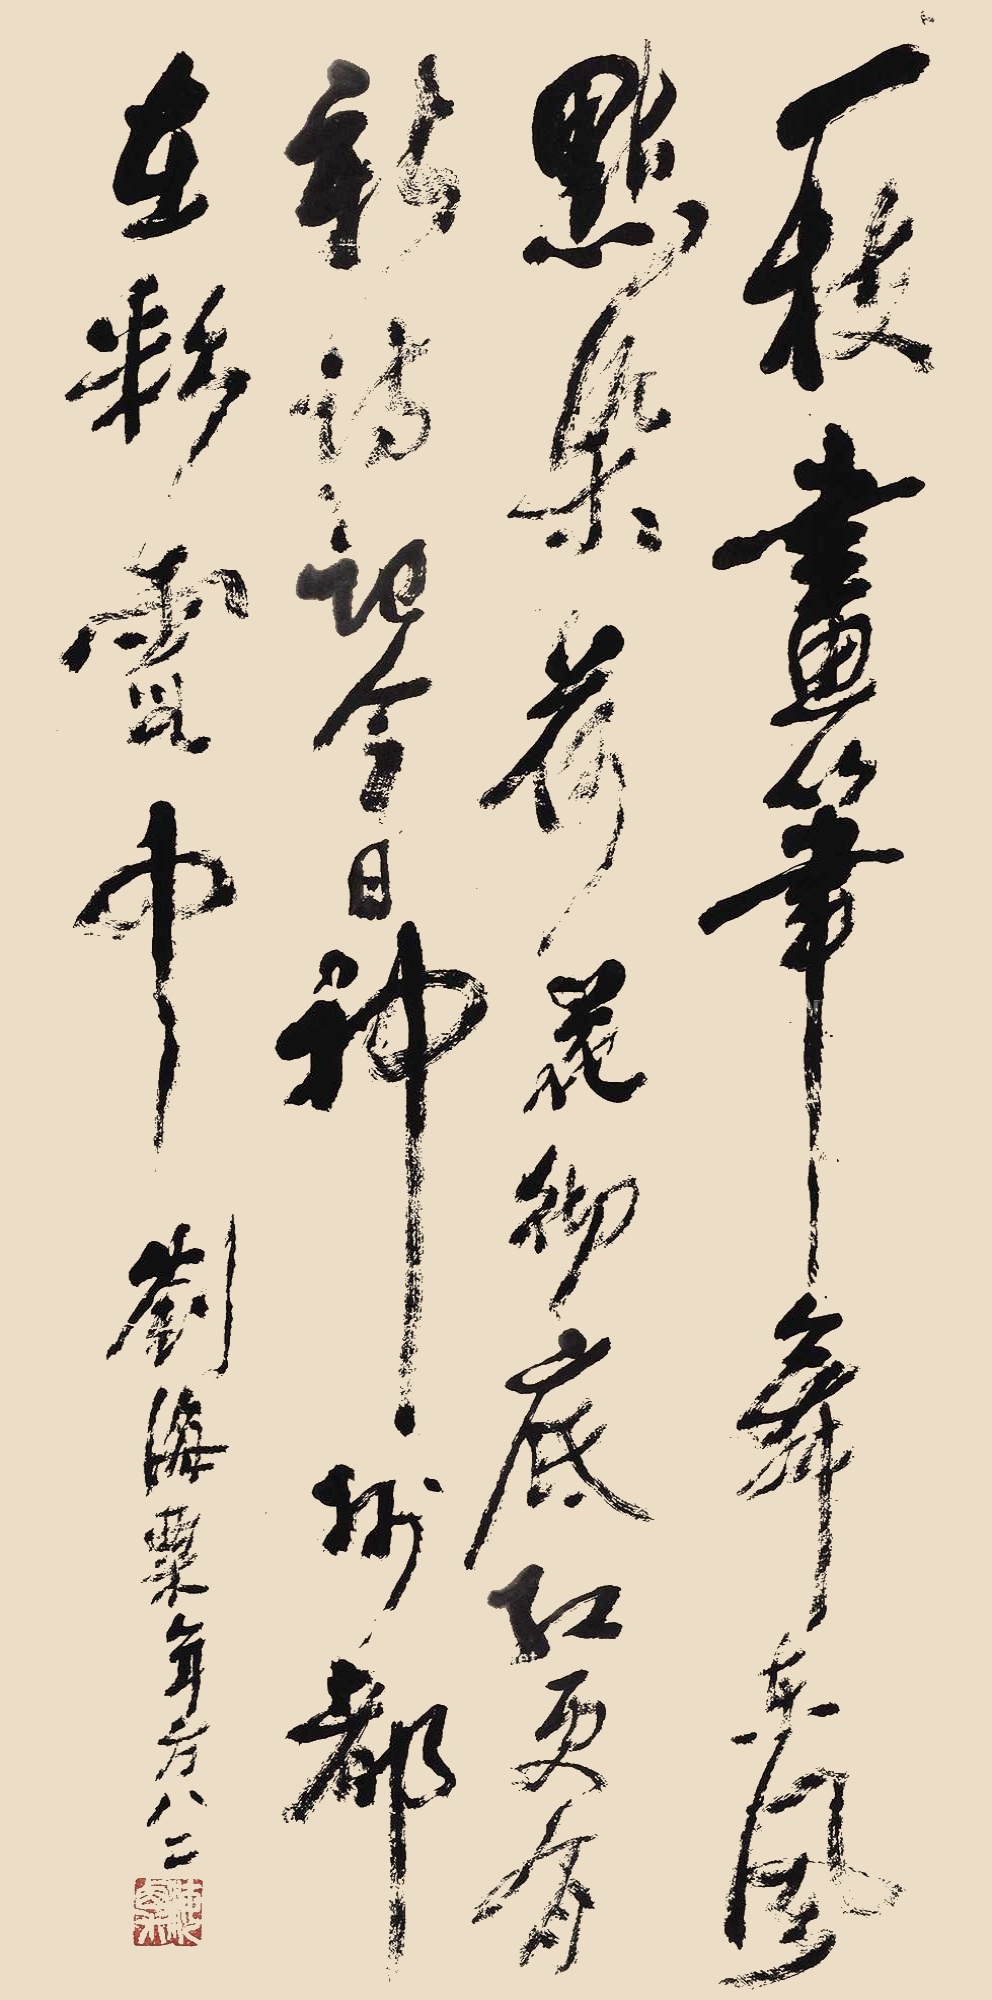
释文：一枝画笔舞东风 点染荷花彻底红 更有新诗记今日 神州都在彩霞中刘海粟年方八二